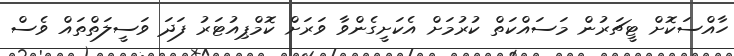
ހާއްސަކޮށް ޓީޗަރުން މަސައްކަތް ކުރުމަށް އެކަށީގެންވާ ވަރަށް ކޮމްޕިއުޓަރު ފަދަ ވަސީލަތްތައް ވެސް